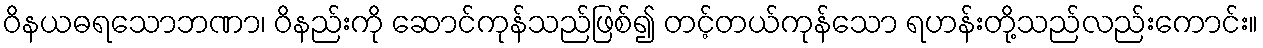
ဝိနယဓရသောဘဏာ၊ ဝိနည်းကို ဆောင်ကုန်သည်ဖြစ်၍ တင့်တယ်ကုန်သော ရဟန်းတို့သည်လည်းကောင်း။